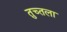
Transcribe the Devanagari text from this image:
तुच्तला